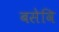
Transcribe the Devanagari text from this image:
बसेवि